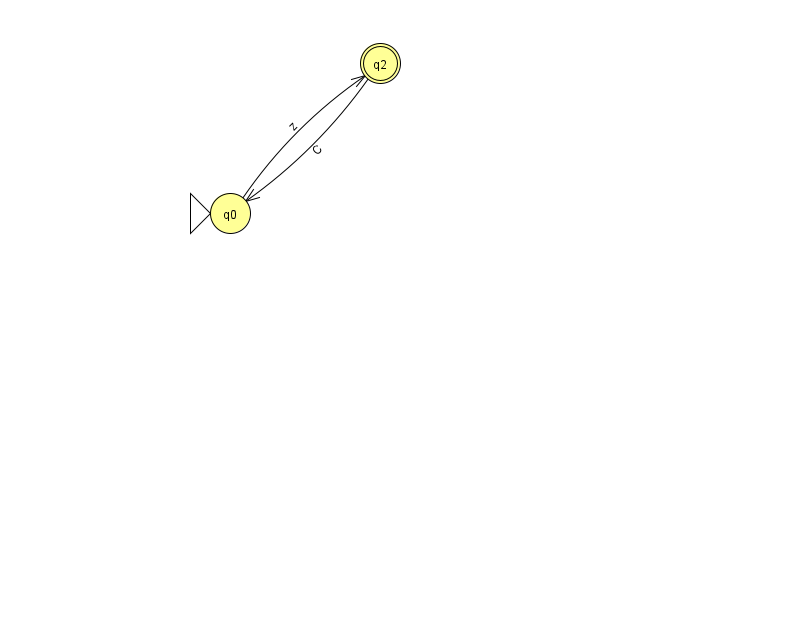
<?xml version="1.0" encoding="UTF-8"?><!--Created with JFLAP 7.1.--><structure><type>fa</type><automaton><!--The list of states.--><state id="0" name="q0"><x>230.0</x><y>200.0</y><initial/></state><state id="2" name="q2"><x>380.0</x><y>50.0</y><final/></state><!--The list of transitions.--><transition><from>2</from><to>0</to><read>C</read></transition><transition><from>0</from><to>2</to><read>z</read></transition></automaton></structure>